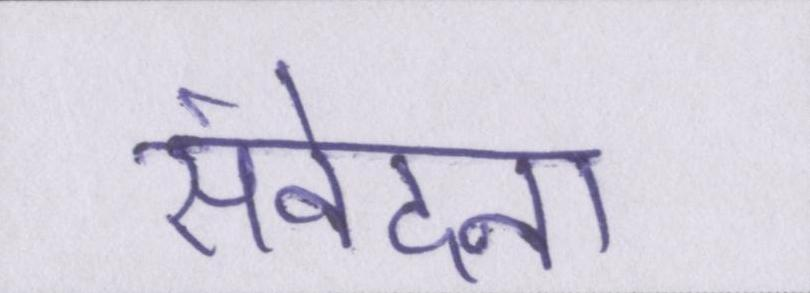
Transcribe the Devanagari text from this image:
संवेदना